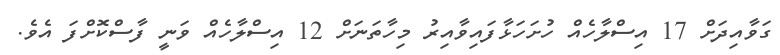
ގަވާއިދަށް 17 އިސްލާހެއް ހުށަހަޅާފައިވާއިރު މިހާތަނަށް 12 އިސްލާހެއް ވަނީ ފާސްކޮށްފަ އެވެ.